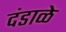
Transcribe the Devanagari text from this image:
दंडाळे